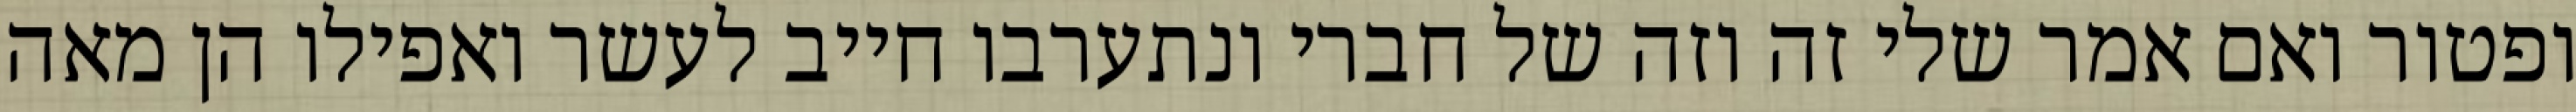
ופטור ואם אמר שלי זה וזה של חברי ונתערבו חייב לעשר ואפילו הן מאה